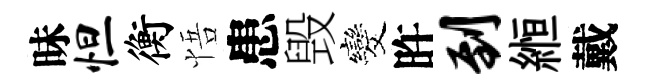
昧怛衡悟患毁发旿到縆戴